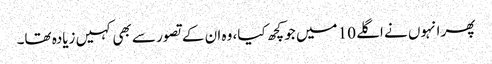
پھر انہوں نے اگلے 10 میں جو کچھ کیا، وہ ان کے تصور سے بھی کہیں زیادہ تھا۔